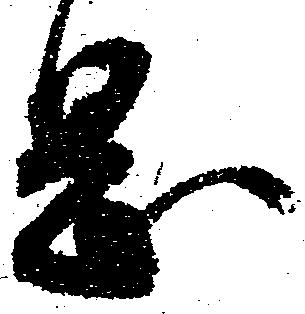
岡